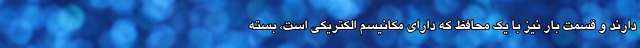
دارند و قسمت بار نیز با یک محافظ که دارای مکانیسم الکتریکی است، بسته